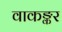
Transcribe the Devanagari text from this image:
वाकङ्कर